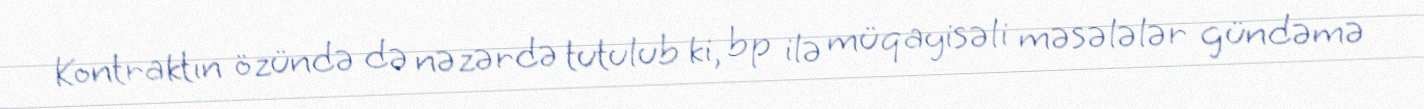
Kontraktın özündə də nəzərdə tutulub ki, bp ilə müqayisəli məsələlər gündəmə